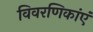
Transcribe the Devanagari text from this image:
विवरणिकांएं